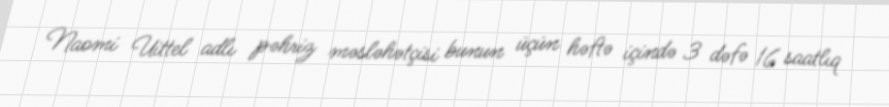
Naomi Uittel adlı pəhriz məsləhətçisi bunun üçün həftə içində 3 dəfə 16 saatlıq